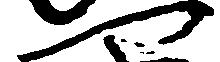
へ